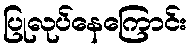
ပြုလုပ်နေကြောင်း